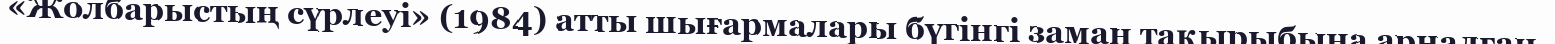
«Жолбарыстың сүрлеуі» (1984) атты шығармалары бүгінгі заман тақырыбына арналған.